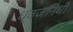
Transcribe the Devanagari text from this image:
ध्वजनिधी